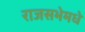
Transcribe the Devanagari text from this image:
राजसभेमधे